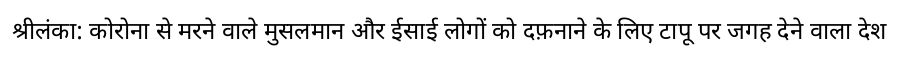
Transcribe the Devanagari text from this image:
श्रीलंका: कोरोना से मरने वाले मुसलमान और ईसाई लोगों को दफ़नाने के लिए टापू पर जगह देने वाला देश